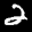
Label: 2